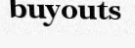
buyouts